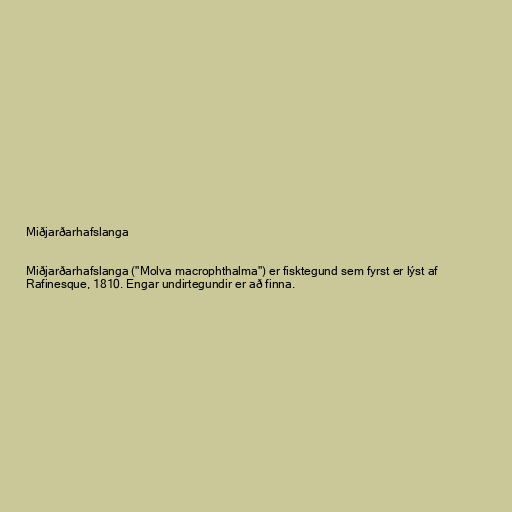
Miðjarðarhafslanga

Miðjarðarhafslanga ("Molva macrophthalma") er fisktegund sem fyrst er lýst af
Rafinesque, 1810. Engar undirtegundir er að finna.